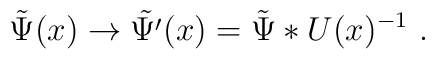
\tilde{\Psi}(x) \to \tilde{\Psi'}(x)  =  \tilde{\Psi}*U(x)^{-1}\ .